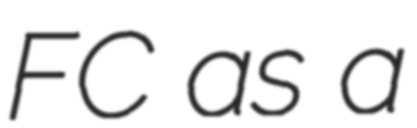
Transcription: FC as a